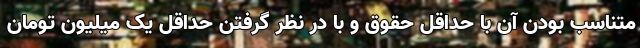
متناسب بودن آن با حداقل حقوق و با در نظر گرفتن حداقل یک میلیون تومان